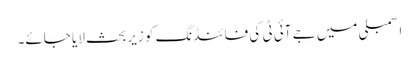
اسمبلی میں جے آئی ٹی کی فائنڈنگ کو زیر بحث لایا جائے۔